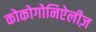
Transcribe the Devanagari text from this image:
कोकोगोनिऐलीज़